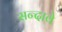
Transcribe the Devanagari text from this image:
सन्दावे